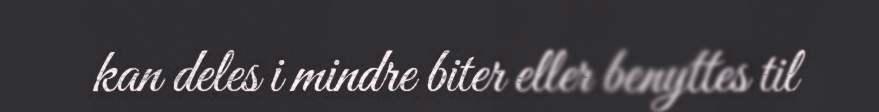
kan deles i mindre biter eller benyttes til